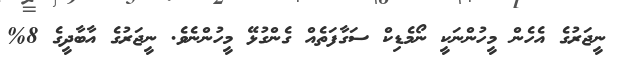
ނީޖަރުގެ އެހެން މީހުންނަކީ ނޯމެޑިކް ސަގާފަތެއް ގެންގުޅޭ މީހުންނެވެ. ނީޖަރުގެ އާބާދީގެ 8%